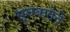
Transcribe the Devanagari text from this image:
सूचकतेने